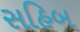
સહિબ